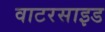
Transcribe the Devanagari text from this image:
वाटरसाइड